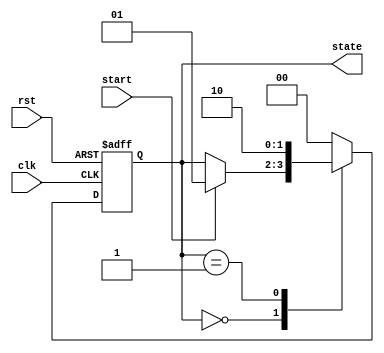
module simple_fsm(
    input wire clk,
    input wire rst,
    input wire start,
    output reg [1:0] state
);

// Define states
parameter IDLE    = 2'b00;
parameter RUNNING = 2'b01;
parameter DONE    = 2'b10;

always @(posedge clk or posedge rst) begin
    if (rst) begin
        // Reset the state to IDLE
        state <= IDLE;
    end else begin
        case (state)
            IDLE: begin
                if (start) begin
                    // Move to RUNNING state on start signal
                    state <= RUNNING;
                end
                // Stay in IDLE if start is not asserted
            end
            RUNNING: begin
                // Simulate some condition to move to DONE
                // Here we just transition to DONE as an example
                state <= DONE;
            end
            DONE: begin
                // Example of going back to IDLE or staying done
                // Here we just transition back to IDLE
                state <= IDLE;
            end
            default: state <= IDLE; // Fallback to IDLE for safety
        endcase
    end
end

endmodule